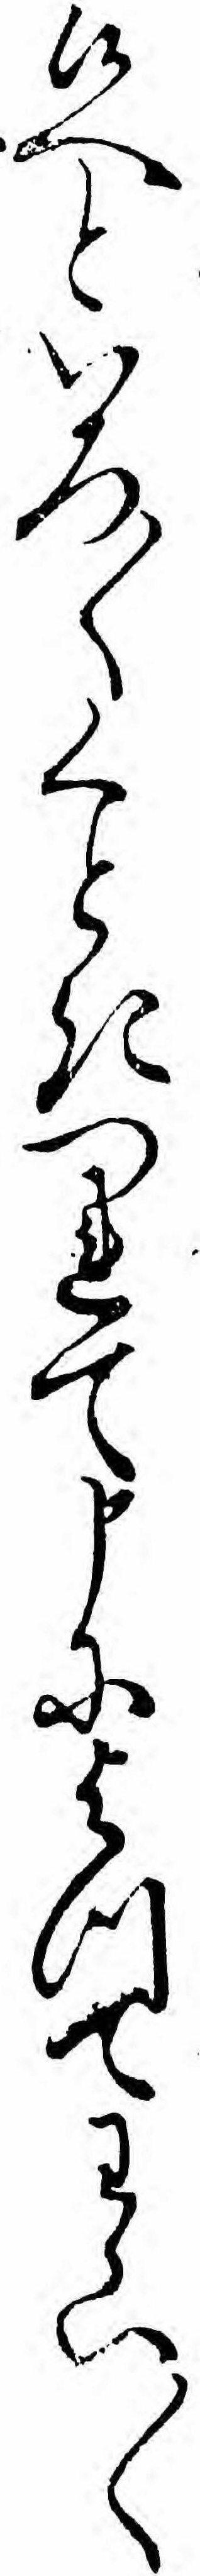
候へといろ〱くときつれて申によつてわらい〱